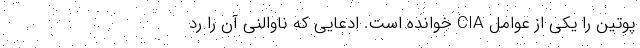
پوتین را یکی از عوامل CIA خوانده است. ادعایی که ناوالنی آن را رد